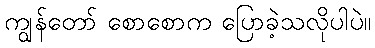
ကျွန်တော် စောစောက ပြောခဲ့သလိုပါပဲ။